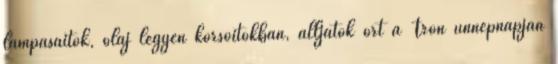
lámpásaitok, olaj legyen korsóitokban, álljatok őrt a Trón ünnepnapján